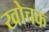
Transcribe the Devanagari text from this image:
खोचक